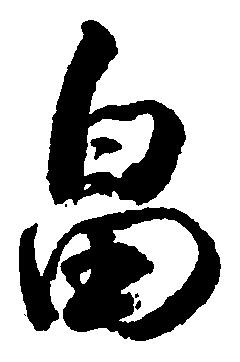
畠